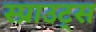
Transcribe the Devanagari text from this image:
स्प्राउट्स